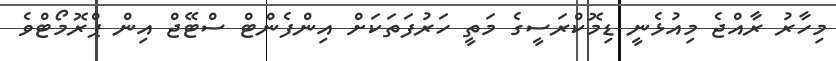
މިހާރު ރާއްޖެ މިއުޅެނީ ޑިމޮކްރަސީގެ މަތީ ހަރުފަތަކަށް އިންފެންޓް ސްޓޭޖް އިން ޕްރޮމޯޓްވެ